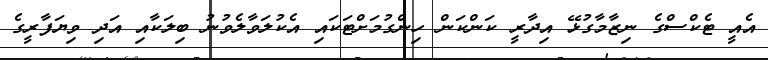
އެއީ ޓެކްސްގެ ނިޒާމާގުޅޭ އިދާރީ ކަންކަން ހިންގުމަށްޓަކައި އެކުލަވާލެވުނު ބިލަކާއި އަދި ވިޔަފާރީގެ